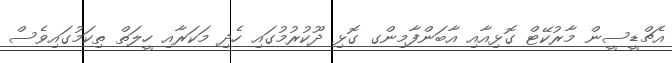
އެޗްޑީސީން މާރުކޭޓް ގޮޅިއާއި އާބަންފާމިންގ ގޮޅި ދޫކުރުމުގައި ހެދި މަކަރާއި ހީލަތް ތިކަމުގައިވެސް